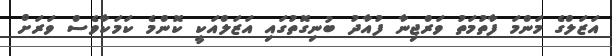
އަޒަލްގެ މަންމަ ފާތުމަތު ވަރްޖިނާ ފުއާދު ބުނިގޮތުގައި އަޒަލްއަކީ ކޮންމެ ކަމަކާވެސް ވަރަށް